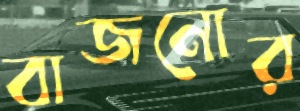
বাজনোর